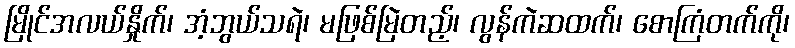
မြိုင်အလယ်နှိုက်၊ အံ့ဘွယ်သရဲ၊ မဖြစ်မြဲတည့်၊ လွန်ကဲဆထက်၊ စောကြံတက်ကို၊